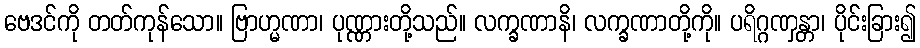
ဗေဒင်ကို တတ်ကုန်သော။ ဗြာဟ္မဏာ၊ ပုဏ္ဏားတို့သည်။ လက္ခဏာနိ၊ လက္ခဏာတို့ကို။ ပရိဂ္ဂဏှန္တာ၊ ပိုင်းခြား၍